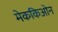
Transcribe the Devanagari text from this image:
मेककिओन